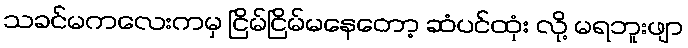
သခင်မကလေးကမှ ငြိမ်ငြိမ်မနေတော့ ဆံပင်ထုံး လို့ မရဘူးဖျာ